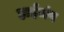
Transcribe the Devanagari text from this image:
हाईजंप